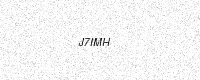
Text: J7IMH